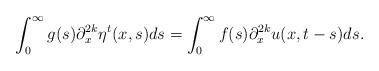
LaTeX: \begin{align*}{\displaystyle \int_0^\infty g(s)\partial_{x}^{2k} \eta^t(x,s)ds=\int_0^\infty f(s)\partial_{x}^{2k} u(x,t-s)ds.}\end{align*}